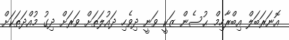
އޮނަރަބަލް އިބްރާހިމް ޙުސެން ޒަކީ ވަނީ ދިވެހި ދައުލަތަށް ވަރަށް ދިގު މުއްދަތަކަށް